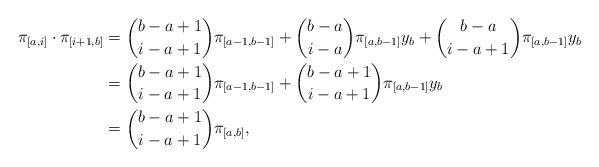
LaTeX: \begin{align*}\pi_{[a,i]}\cdot \pi_{[i+1,b]} &= \binom{b-a+1}{i-a+1}\pi_{[a-1,b-1]}+\binom{b-a}{i-a}\pi_{[a,b-1]}y_b +\binom{b-a}{i-a+1} \pi_{[a,b-1]}y_{b} \\&= \binom{b-a+1}{i-a+1}\pi_{[a-1,b-1]}+\binom{b-a+1}{i-a+1}\pi_{[a,b-1]}y_{b} \\&= \binom{b-a+1}{i-a+1}\pi_{[a,b]}, \end{align*}